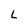
Character: L